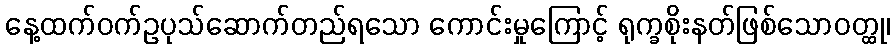
နေ့ထက်ဝက်ဥပုသ်ဆောက်တည်ရသော ကောင်းမှုကြောင့် ရုက္ခစိုးနတ်ဖြစ်သောဝတ္ထု၊